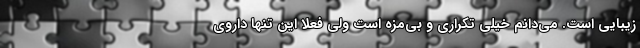
زیبایی است. می‌دانم خیلی تکراری و بی‌مزه است ولی فعلا این تنها داروی